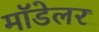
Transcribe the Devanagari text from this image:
मॉडेलर